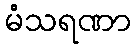
မံသရဏာ